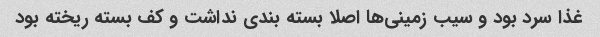
غذا سرد بود و سیب زمینی‌ها اصلا بسته بندی نداشت و کف بسته ریخته بود